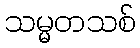
သမ္မတသစ်